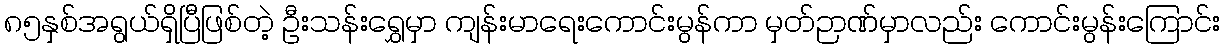
၈၅နှစ်အရွယ်ရှိပြီဖြစ်တဲ့ ဦးသန်းရွှေမှာ ကျန်းမာရေးကောင်းမွန်ကာ မှတ်ဉာဏ်မှာလည်း ကောင်းမွန်းကြောင်း